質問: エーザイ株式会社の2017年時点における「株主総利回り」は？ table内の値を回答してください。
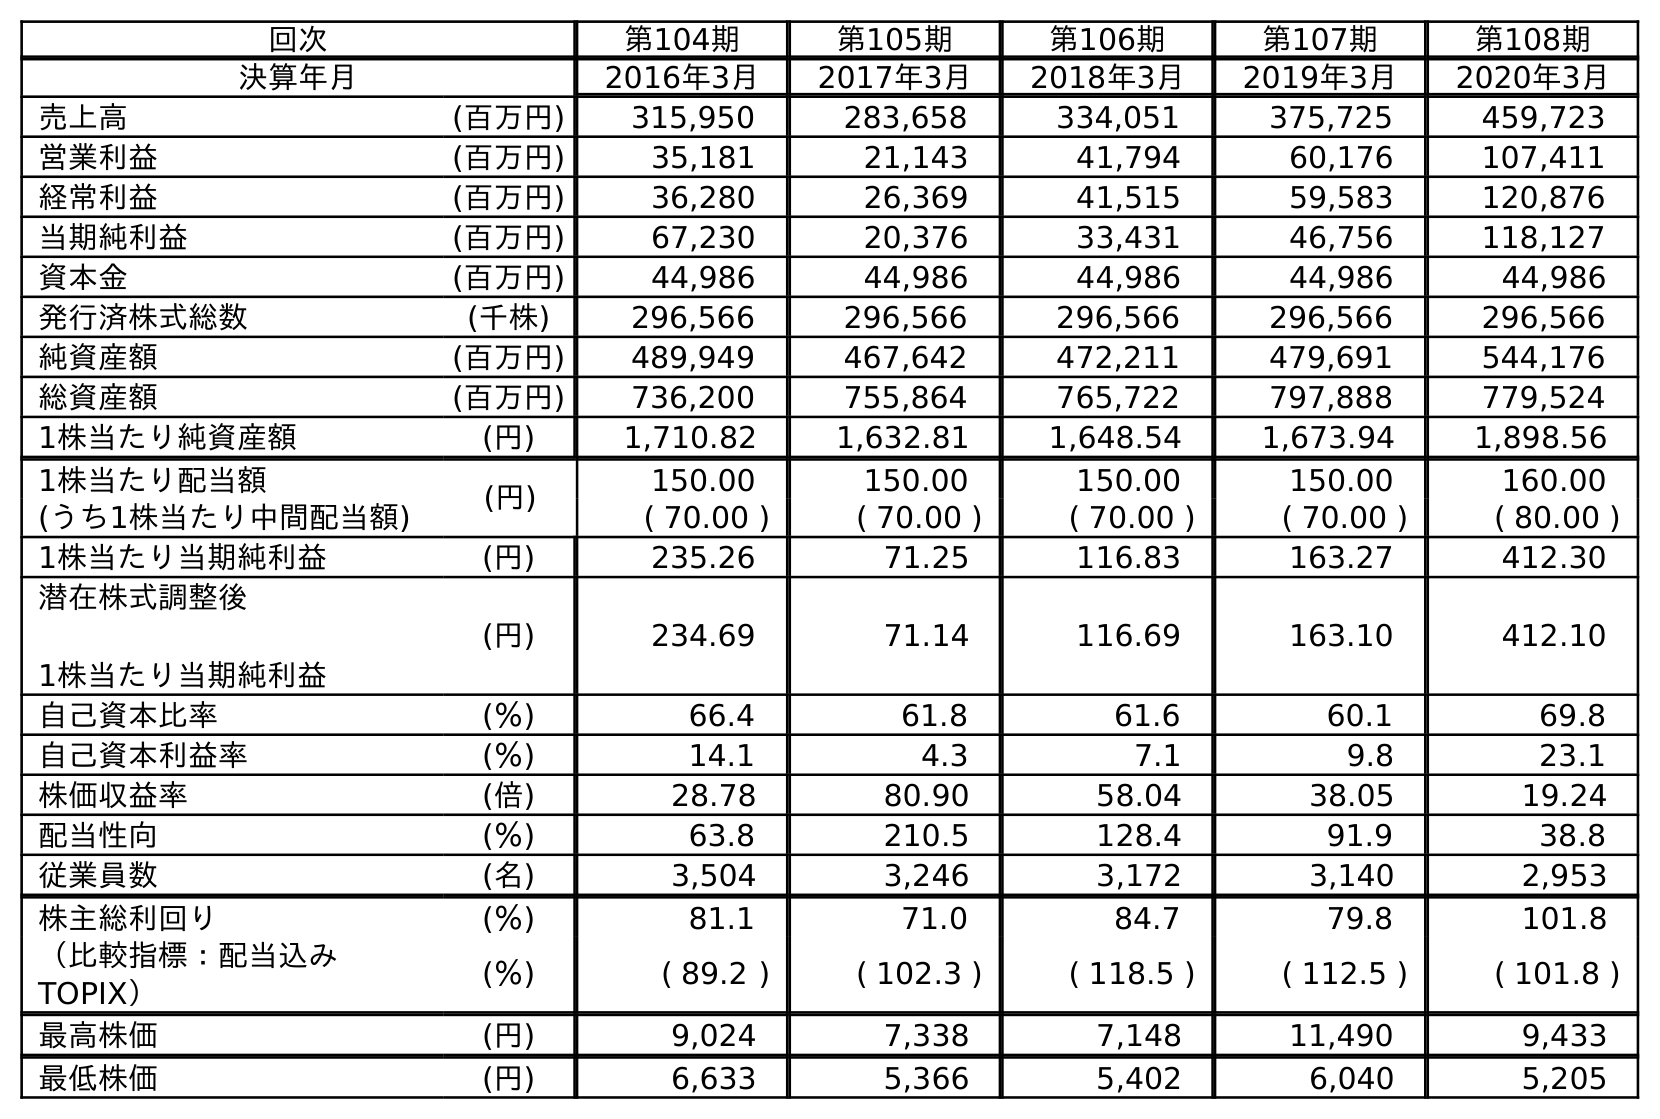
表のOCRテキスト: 回次 第104期 第105期 第106期 第107期 第108期 決算年月 2016年3月 2017年3月 2018年3月 2019年3月 2020年3月 売上高 (百万円) 315,950 283,658 334,051 375,725 459,723 営業利益 (百万円) 35,181 21,143 41,794 60,176 107,411 経常利益 (百万円) 36,280 26,369 41,515 59,583 120,876 当期純利益 (百万円) 67,230 20,376 33,431 46,756 118,127 資本金 (百万円) 44,986 44,986 44,986 44,986 44,986 発行済株式総数 (千株) 296,566 296,566 296,566 296,566 296,566 純資産額 (百万円) 489,949 467,642 472,211 479,691 544,176 総資産額 (百万円) 736,200 755,864 765,722 797,888 779,524 1株当たり純資産額 (円) 1,710.82 1,632.81 1,648.54 1,673.94 1,898.56 1株当たり配当額 (円) 150.00 150.00 150.00 150.00 160.00 (うち1株当たり中間配当額) ( 70.00 ) ( 70.00 ) ( 70.00 ) ( 70.00 ) ( 80.00 ) 1株当たり当期純利益 (円) 235.26 71.25 116.83 163.27 412.30 潜在株式調整後 1株当たり当期純利益 (円) 234.69 71.14 116.69 163.10 412.10 自己資本比率 (％) 66.4 61.8 61.6 60.1 69.8 自己資本利益率 (％) 14.1 4.3 7.1 9.8 23.1 株価収益率 (倍) 28.78 80.90 58.04 38.05 19.24 配当性向 (％) 63.8 210.5 128.4 91.9 38.8 従業員数 (名) 3,504 3,246 3,172 3,140 2,953 株主総利回り (％) 81.1 71.0 84.7 79.8 101.8 （比較指標：配当込み TOPIX） (％) ( 89.2 ) ( 102.3 ) ( 118.5 ) ( 112.5 ) ( 101.8 ) 最高株価 (円) 9,024 7,338 7,148 11,490 9,433 最低株価 (円) 6,633 5,366 5,402 6,040 5,205
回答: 71.0